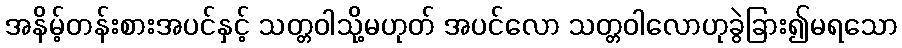
အနိမ့်တန်းစားအပင်နှင့် သတ္တဝါသို့မဟုတ် အပင်လော သတ္တဝါလောဟုခွဲခြား၍မရသော